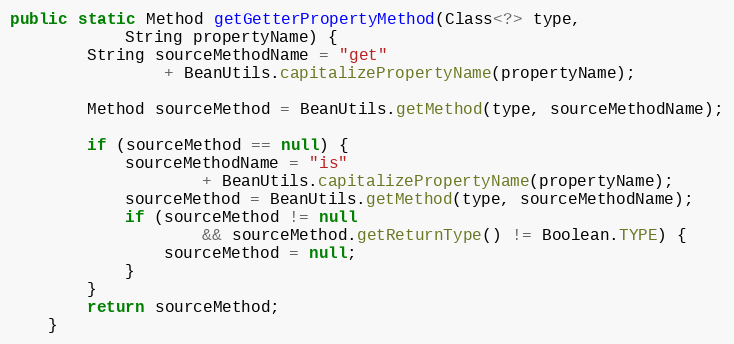
Language: Java
public static Method getGetterPropertyMethod(Class<?> type,
			String propertyName) {
		String sourceMethodName = "get"
				+ BeanUtils.capitalizePropertyName(propertyName);

		Method sourceMethod = BeanUtils.getMethod(type, sourceMethodName);

		if (sourceMethod == null) {
			sourceMethodName = "is"
					+ BeanUtils.capitalizePropertyName(propertyName);
			sourceMethod = BeanUtils.getMethod(type, sourceMethodName);
			if (sourceMethod != null
					&& sourceMethod.getReturnType() != Boolean.TYPE) {
				sourceMethod = null;
			}
		}
		return sourceMethod;
	}